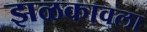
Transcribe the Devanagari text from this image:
झळकावला